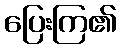
ပြေးကြ၏